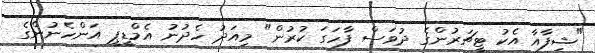
"ޝިފާއާ އެކު ޓީޗަރުންގެ ދުވަސް ފާހަގަ ކުރުން" މިއަދު ހެދުނު އެމްޑީޕީ އަންހެނުންގެ